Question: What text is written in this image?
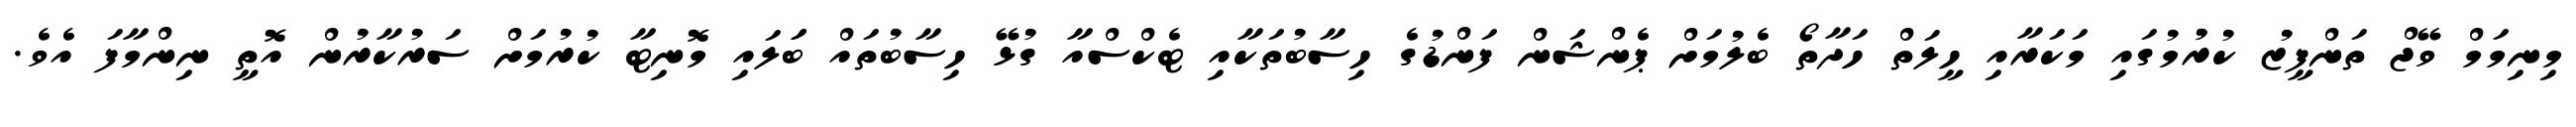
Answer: މިނިމަމް ވޭޖް ތަންފީޒު ކުރުުމުގައި މަކަރާއި ހީލަތް ހަދާތޯ ބެލުމަށް ޕެންޝަން ފަންޑުގެ ހިސާބުތަކާއި ޓެކްސްއާ ގުޅޭ ހިސާބުތައް ބަަލައި މޮނިޓާ ކުރުމަށް ސަރުކާރުން އޮތީ ނިންމާފަ އެވެ.